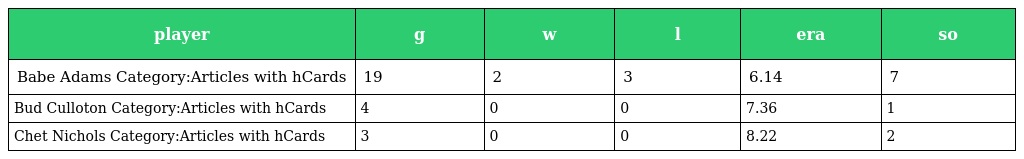
| player | g | w | l | era | so |
 | --- | --- | --- | --- | --- | --- |
 | Babe Adams Category:Articles with hCards | 19 | 2 | 3 | 6.14 | 7 |
 | Bud Culloton Category:Articles with hCards | 4 | 0 | 0 | 7.36 | 1 |
 | Chet Nichols Category:Articles with hCards | 3 | 0 | 0 | 8.22 | 2 |